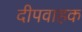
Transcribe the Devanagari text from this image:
दीपवाहक